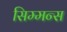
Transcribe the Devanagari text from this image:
सिम्मन्स